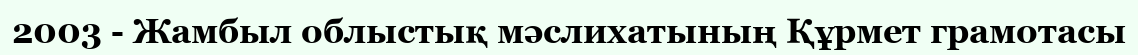
2003 - Жамбыл облыстық мәслихатының Құрмет грамотасы